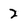
Character: 2